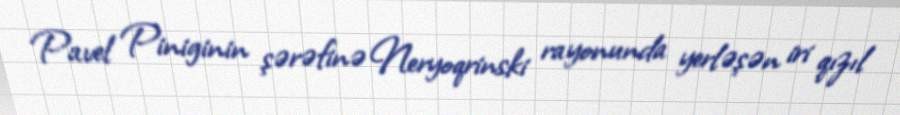
Pavel Piniginin şərəfinə Neryoqrinski rayonunda yerləşən iri qızıl